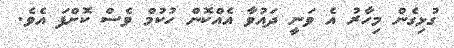
ގުޅިގެން މިހާރު އެ ވަނީ ދައުވާ އެއްކޮން ހުކުމް ވެސް ކޮށްފަ އެވެ.